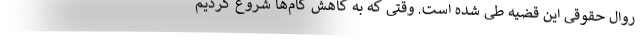
روال حقوقی این قضیه طی شده است. وقتی که به کاهش گام‌ها شروع کردیم